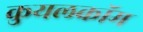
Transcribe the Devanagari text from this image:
कुयलकॉम